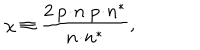
\chi \equiv \frac { 2 \: p \! \cdot \! n \; p \! \cdot \! n ^ { \ast } } { n \! \cdot \! n ^ { \ast } } ,